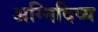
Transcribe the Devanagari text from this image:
अग्निदिव्य